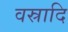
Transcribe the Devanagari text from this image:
वस्रादि